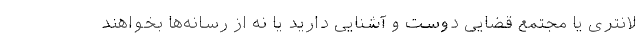
لانتری یا مجتمع قضایی دوست و آشنایی دارید یا نه از رسانه‌ها بخواهند